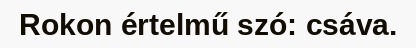
Rokon értelmű szó: csáva.